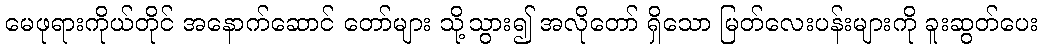
မေဖုရားကိုယ်တိုင် အနောက်ဆောင် တော်များ သို့သွား၍ အလိုတော် ရှိသော မြတ်လေးပန်းများကို ခူးဆွတ်ပေး